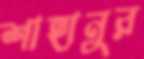
শাহানুর